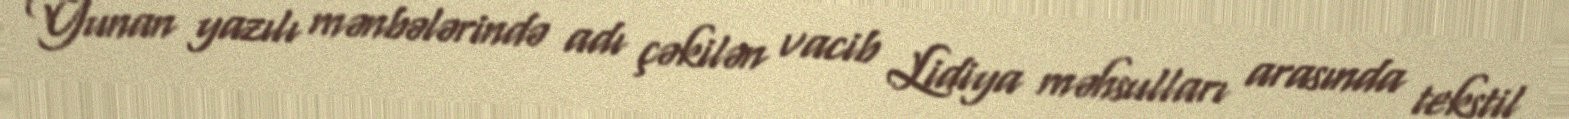
Yunan yazılı mənbələrində adı çəkilən vacib Lidiya məhsulları arasında tekstil